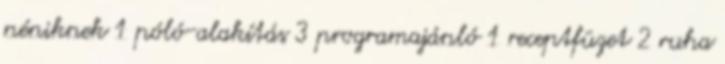
néniknek 1 póló-alakítás 3 programajánló 1 receptfüzet 2 ruha